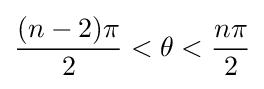
{\frac {(n-2)\pi }{2}}<\theta <{\frac {n\pi }{2}}